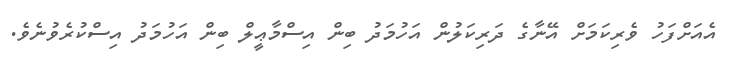
އެއަށްފަހު ވެރިކަމަށް އޭނާގެ ދަރިކަލުން އަހުމަދު ބިން އިސްމާޢީލް ބިން އަހުމަދު އިސްކުރެވުނެވެ.